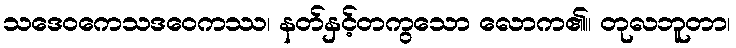
သဒေဝကေသဒဝေကဿ၊ နတ်နှင့်တကွသော လောက၏။ တုလဘူတာ၊